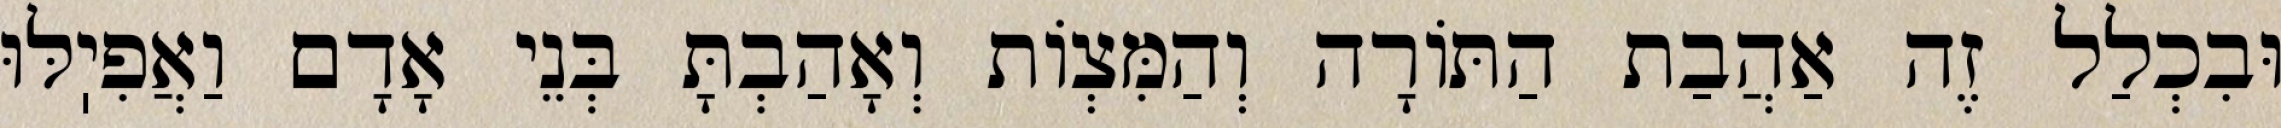
וּבִכְלַל זֶה אַהֲבַת הַתּוֹרָה וְהַמִּצְוֹת וְאָהַבְתָּ בְּנֵי אָדָם וַאֲפִיֽלּוּ